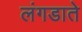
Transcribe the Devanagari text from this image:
लंगडाते